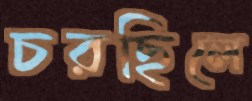
চরছিলে